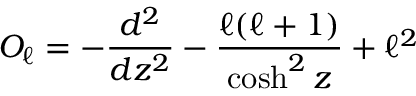
O _ { \ell } = - { \frac { d ^ { 2 } } { d z ^ { 2 } } } - { \frac { \ell ( \ell + 1 ) } { \cosh ^ { 2 } z } } + \ell ^ { 2 }